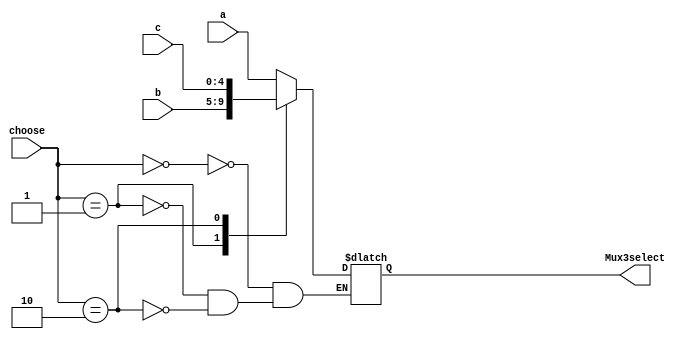
`timescale 1ns / 1ps
//////////////////////////////////////////////////////////////////////////////////
// Company: 
// Engineer: 
// 
// Design Name: 
// Module Name: mux3_5
// Project Name: 
// Target Devices: 
// Tool Versions: 
// Description: 
// 
// Dependencies: 
// 
// Revision:
// Revision 0.01 - File Created
// Additional Comments:
// 
//////////////////////////////////////////////////////////////////////////////////


module mux3_5(
input[4:0]a,
input[4:0]b,
input[4:0]c,
input[1:0]choose,
output reg [4:0]Mux3select
 );
 always@(*)
 begin
 case(choose)
 2'b00:Mux3select<=a;
 2'b01:Mux3select<=b;
 2'b10:Mux3select<=c;
 endcase
 end
endmodule